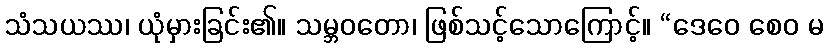
သံသယဿ၊ ယုံမှားခြင်း၏။ သမ္ဘဝတော၊ ဖြစ်သင့်သောကြောင့်။ “ဒေဝေ စေဝ မ